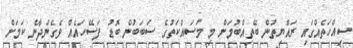
ސިއްހަތެއްގައި ރައްޔިތުން ބޭތިއްބުމަށް މި މަސައްކަތުގެ ސަަބަބުން ބޮޑު ފަސޭހައެއް ވެގެންދާނެ ކަމަށް